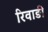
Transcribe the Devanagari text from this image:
रिवाङी